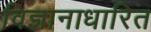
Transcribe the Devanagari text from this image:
विज्ञानाधारित